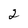
Character: 2